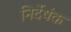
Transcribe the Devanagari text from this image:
निर्देषंक